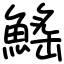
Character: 鰩